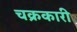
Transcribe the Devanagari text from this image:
चक्रकारी